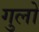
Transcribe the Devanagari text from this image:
गुलो